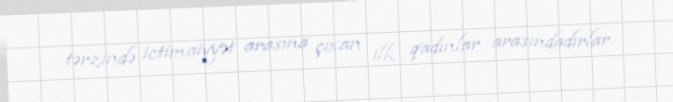
tərzində ictimaiyyət arasına çıxan ilk qadınlar arasındadırlar.